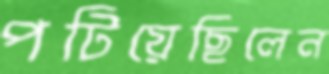
পটিয়েছিলেন